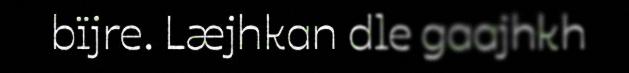
bïjre. Læjhkan dle gaajhkh